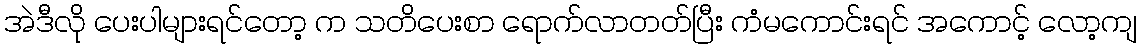
အဲဒီလို ပေးပါများရင်တော့ က သတိပေးစာ ရောက်လာတတ်ပြီး ကံမကောင်းရင် အကောင့် လော့ကျ